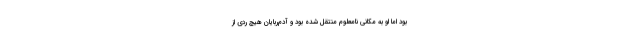
بود اما او به مکانی نامعلوم منتقل شده بود و آدم‌ربایان هیچ ردی از